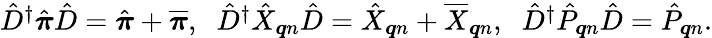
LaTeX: \begin{array}{r}{\hat{D}^{\dagger}\hat{\boldsymbol{\pi}}\hat{D}=\hat{\boldsymbol{\pi}}+\overline{{\boldsymbol{\pi}}},\; \; \hat{D}^{\dagger}\hat{X}_{\boldsymbol{q}n}\hat{D}=\hat{X}_{\boldsymbol{q}n}+\overline{{X}}_{\boldsymbol{q}n},\; \; \hat{D}^{\dagger}\hat{P}_{\boldsymbol{q}n}\hat{D}=\hat{P}_{\boldsymbol{q}n}.}\end{array}